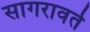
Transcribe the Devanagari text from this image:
सागरावर्त